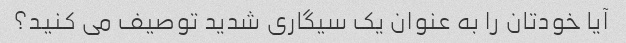
آیا خودتان را به عنوان یک سیگاری شدید توصیف می کنید؟